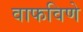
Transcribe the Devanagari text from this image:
वाफविणे